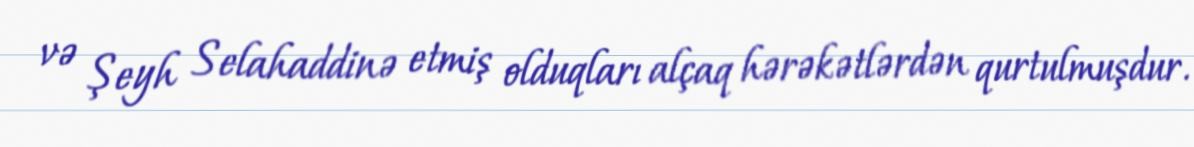
və Şeyh Selahaddinə etmiş olduqları alçaq hərəkətlərdən qurtulmuşdur.